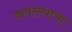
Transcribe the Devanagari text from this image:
वापरल्याचा